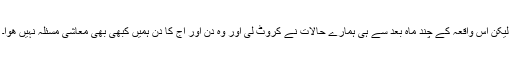
لیکن اس واقعہ کے چند ماہ بعد سے ہی ہمارے حالات نے کروٹ لی اور وہ دن اور آج کا دن ہمیں کبھی بھی معاشی مسئلہ نہیں ھوا۔